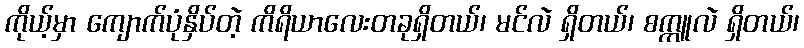
ကိုယ့်မှာ ကျောက်ပုံနှိပ်တဲ့ ကိရိယာလေးတခုရှိတယ်၊ မင်လဲ ရှိတယ်၊ စက္ကူလဲ ရှိတယ်၊